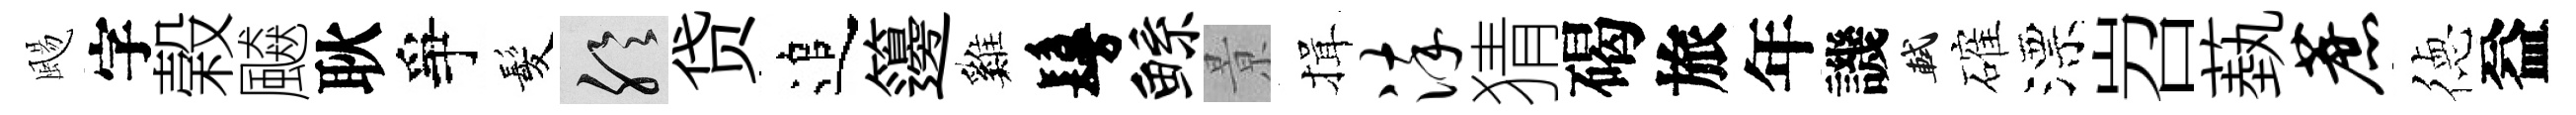
颺字榖飇耿爭髪聆贷追籩巍鬘鲧㬌揖淬猜碣旅年譏軾確漂岧蓺蔗徳益